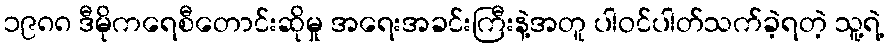
၁၉၈၈ ဒီမိုကရေစီတောင်းဆိုမှု အရေးအခင်းကြီးနဲ့အတူ ပါဝင်ပါတ်သက်ခဲ့ရတဲ့ သူ့ရဲ့